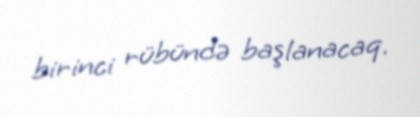
birinci rübündə başlanacaq.